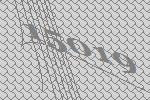
15019